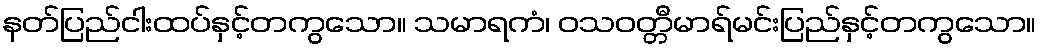
နတ်ပြည်ငါးထပ်နှင့်တကွသော။ သမာရကံ၊ ဝသဝတ္တီမာရ်မင်းပြည်နှင့်တကွသော။